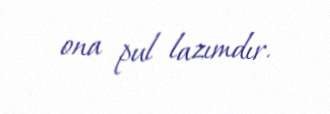
ona pul lazımdır.